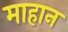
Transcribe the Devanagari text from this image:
माहान